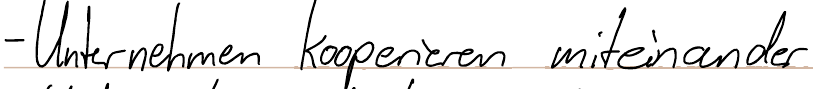
- Unternehmen kooperieren miteinander